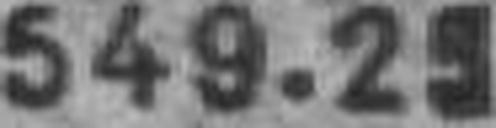
549.29